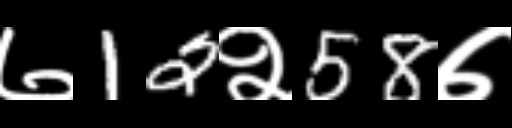
Text: ७12२58७